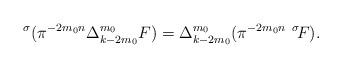
LaTeX: \begin{align*} {}^\sigma(\pi^{-2m_0n}\Delta^{m_0}_{k-2m_0} F) = \Delta^{m_0}_{k-2m_0}(\pi^{-2m_0n} \ {}^\sigma\!F).\end{align*}